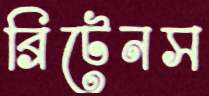
ব্রিটেনস